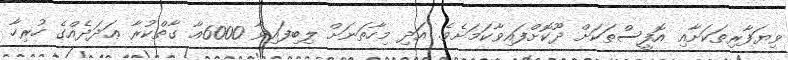
ވިޔަފާރިތަކަށާއި އޮފީސްތަކަށް ދޫކޮށްފައިވާކަމަށެވެ. އަދި މިހާތަނަށް ލިބިފައިވާ 6000އާ ގާތްކުރާ ޢަދަދެއްގެ ހުރިހާ